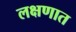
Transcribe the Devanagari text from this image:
लक्षणात